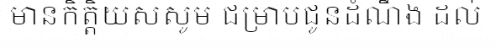
មានកិត្តិយសសូម ជម្រាបជូនដំណឹង ដល់